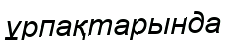
ұрпақтарында